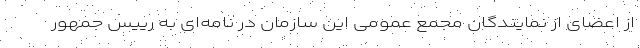
از اعضای از نمایندگان مجمع عمومی این سازمان در نامه‌ای به رییس جمهور